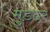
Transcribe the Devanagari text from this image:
मुडढर